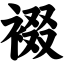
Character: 裰